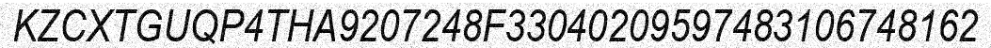
KZCXTGUQP4THA9207248F33040209597483106748162